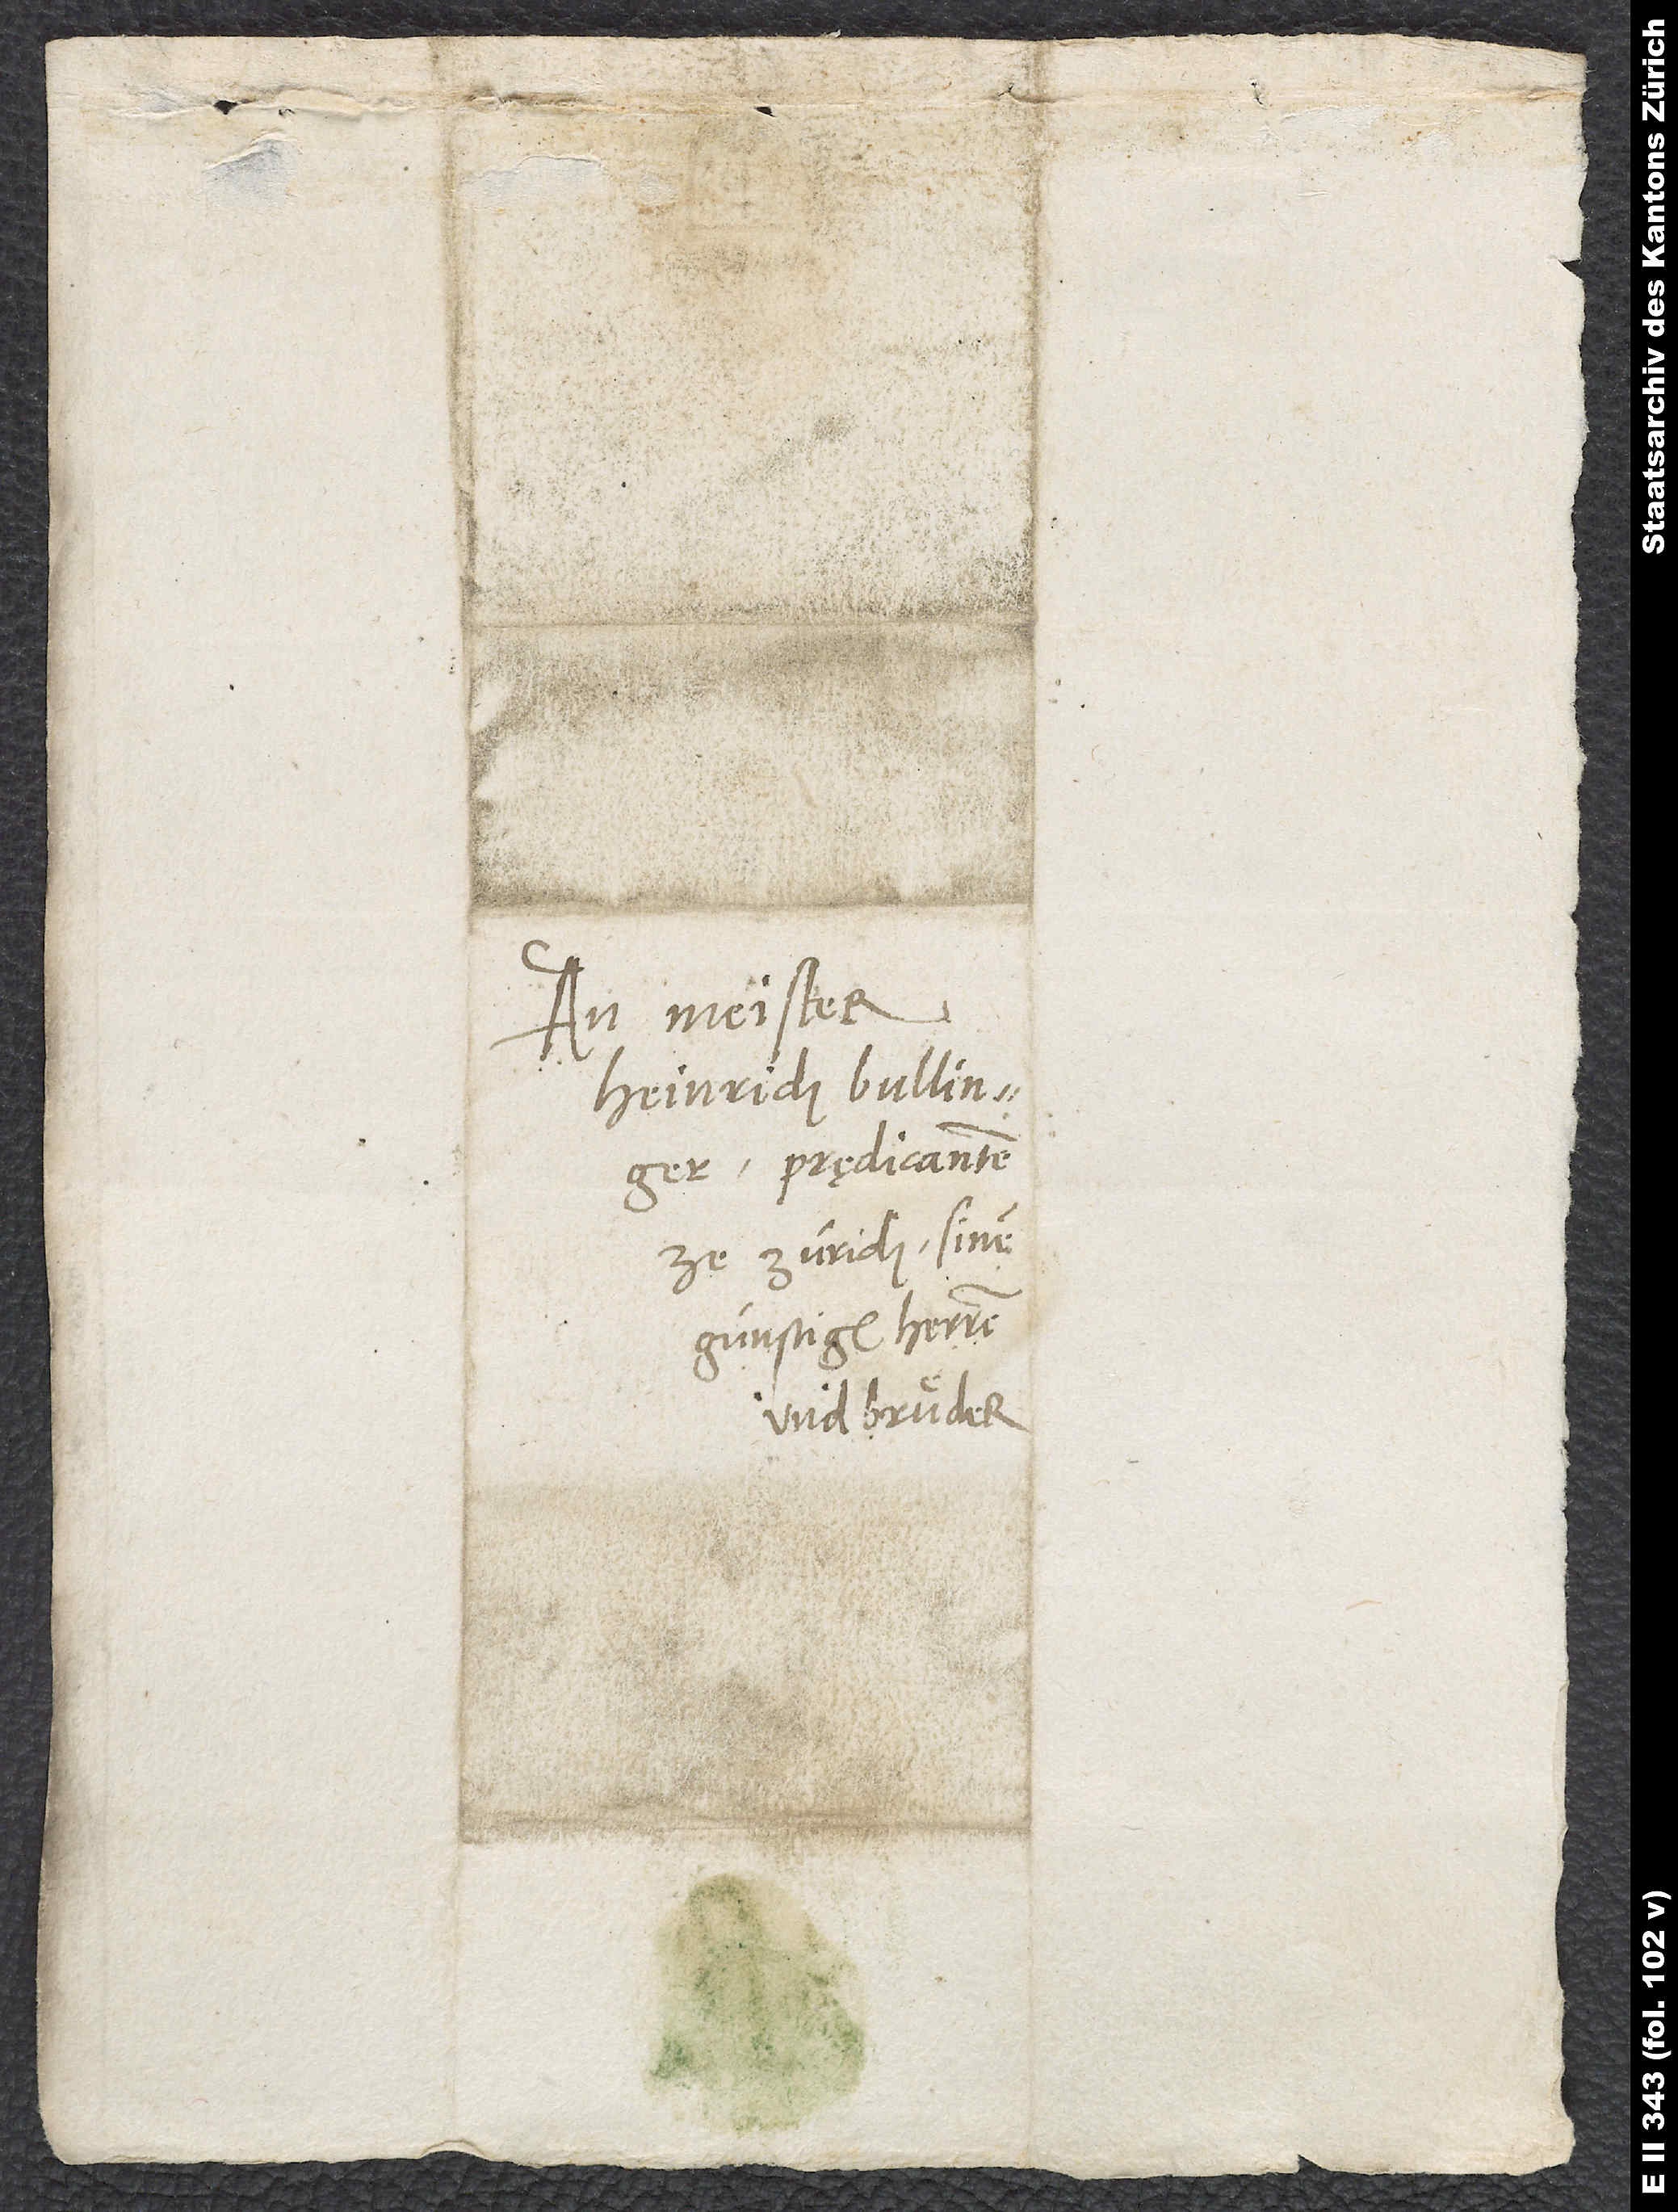
An Meister
Heinrich Bullinger,
prędicanten
ze Zürich, sinem
günstigen herren
und bruͤder.